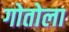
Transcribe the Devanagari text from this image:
गोतोला